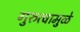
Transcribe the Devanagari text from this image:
गुरुत्वामुळे